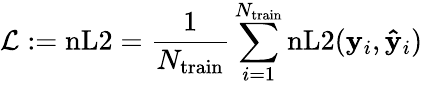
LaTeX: \mathcal{L}:=\mathrm{nL2}=\frac{1}{N_{\mathrm{train}}}\sum_{i=1}^{N_{\mathrm{train}}}\mathrm{nL2}(\mathbf{y}_{i},\mathbf{\hat{y}}_{i})